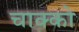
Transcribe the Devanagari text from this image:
चाक्को